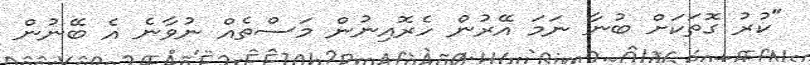
"ކުރު ގޮތަކަށް ބުނާ ނަމަ އޭރުން ހެރޮއިނުން މަސްތެއް ނުވާނެ އެ ބޭނުން